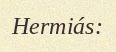
Hermiás: